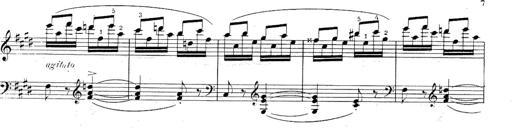
Title: Le rossignol
Composer: Franz Liszt